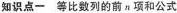
知识点一 等比数列的前n项和公式